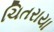
ચિતરાયા